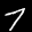
Label: 7